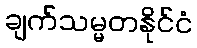
ချက်သမ္မတနိုင်ငံ